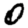
Digit: 0